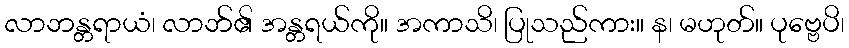
လာဘန္တရာယံ၊ လာဘ်၏ အန္တရယ်ကို။ အကာသိ၊ ပြုသည်ကား။ န၊ မဟုတ်။ ပုဗ္ဗေပိ၊